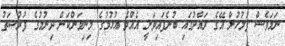
ނަމަވެސް ފުލުހުން އޭގެ ރައްދުގައި ބުނެފައިވަނީ އެއްވެ އުޅުމުގެ މިނިވަންކަން ދިނުމުގެ ފުރުޞަތު